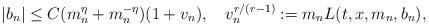
LaTeX: \begin{align*}|b_n| \leq C(m_n^{\eta} + m_n^{-\eta})(1 + v_n), ~~~ v_n^{r/(r-1)} := m_nL(t,x,m_n,b_n),\end{align*}